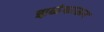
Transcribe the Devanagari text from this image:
झळंकाऊन